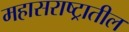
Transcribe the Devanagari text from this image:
महासराष्ट्रातील